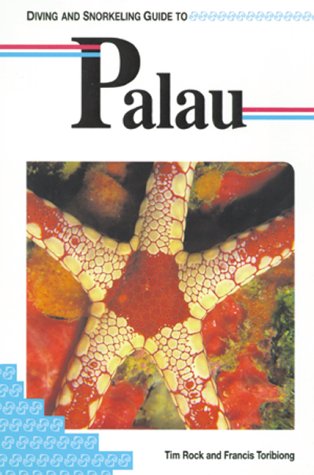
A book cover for Diving and Snorkeling Guide to Palau (Lonely Planet Diving and Snorkeling Guides); Tim Rock; Travel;